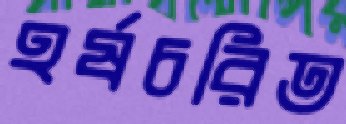
হর্ষচরিত